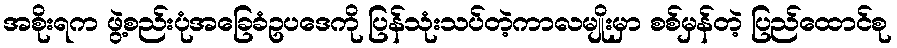
အစိုးရက ဖွဲ့စည်းပုံအခြေခံဥပဒေကို ပြန်သုံးသပ်တဲ့ကာလမျိုးမှာ စစ်မှန်တဲ့ ပြည်ထောင်စု